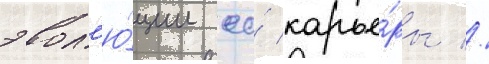
эвол'ю́ции ео́ карье́ры //